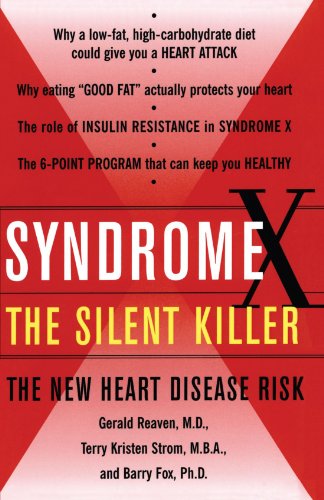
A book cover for Syndrome X: The Silent Killer: The New Heart Disease Risk; Gerald Reaven; Medical Books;